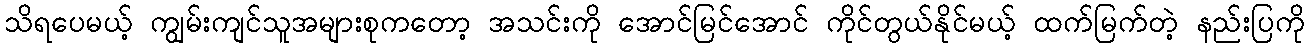
သိရပေမယ့် ကျွမ်းကျင်သူအများစုကတော့ အသင်းကို အောင်မြင်အောင် ကိုင်တွယ်နိုင်မယ့် ထက်မြက်တဲ့ နည်းပြကို